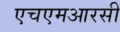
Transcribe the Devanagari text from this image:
एचएमआरसी